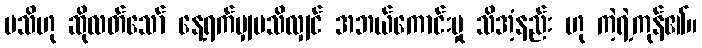
မသိဟု ဆိုလတ်သော် နေ့ရက်မျှမသိလျှင် အဘယ်ကောင်းမှု သိအံ့နည်း ဟု ကဲ့ရဲ့ကုန်၏။